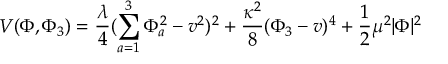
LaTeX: V ( \Phi , \Phi _ { 3 } ) = { \frac { \lambda } { 4 } } ( \sum _ { a = 1 } ^ { 3 } \Phi _ { a } ^ { 2 } - v ^ { 2 } ) ^ { 2 } + { \frac { \kappa ^ { 2 } } { 8 } } ( \Phi _ { 3 } - v ) ^ { 4 } + { \frac { 1 } { 2 } } \mu ^ { 2 } | \Phi | ^ { 2 }